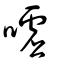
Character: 噓